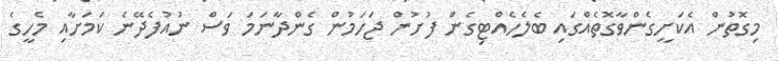
މިގޮތުން އެކަށީގެންވާގޮތެއްގައި ބެލެހެއްޓިގެން ފުށުން ޖަހަމުން ގެންދާނަމަ ވަސް ނުއުފެދޭނެ ކަމަށާއި މެހީގެ